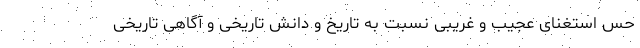
حس استغنای عجیب و غریبی نسبت به تاریخ و دانش تاریخی و آگاهی تاریخی